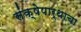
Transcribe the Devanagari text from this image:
संक्षेपार्थाचा